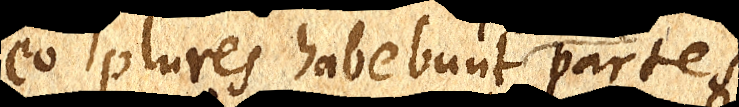
eo plures habebunt partes partes